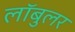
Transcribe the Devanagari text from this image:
लॉबुलर